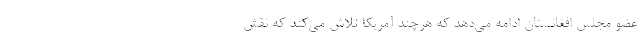
عضو مجلس افغانستان ادامه می‌دهد که هرچند آمریکا تلاش می‌کند که نقش